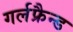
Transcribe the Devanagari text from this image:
गर्लफ्रैन्ड